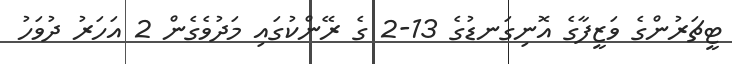
ޓީޗަރުންގެ ވަޒީފާގެ އޮނިގަނޑުގެ 13-2 ގެ ރޭންކުގައި މަދުވެގެން 2 އަހަރު ދުވަހު